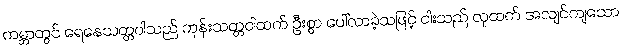
ကမ္ဘာတွင် ရေနေသတ္တဝါသည် ကုန်းသတ္တဝါထက် ဦးစွာ ပေါ်လာခဲ့သဖြင့် ငါးသည် လူထက် အလျင်ကျသော